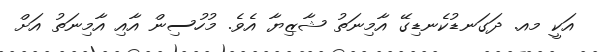
އަކީ މއ. ދަގަނޑުކެނޑިގޭ އާމިނަތު ޝާޒިޔާ އެވެ. މުހުސިން އާއި އާމިނަތު އަށް